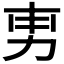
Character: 𭄡